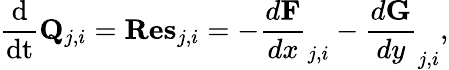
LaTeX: \frac{\mathrm{d}}{\mathrm{dt}}{\mathbf{Q}}_{j,i}=\mathbf{Res}_{j,i}=-\frac{d\mathbf F}{dx}_{j,i}-\frac{d\mathbf G}{dy}_{j,i},